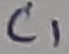
Text: C1